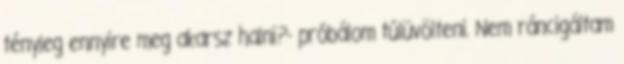
tényleg ennyire meg akarsz halni?- próbálom túlüvölteni. Nem ráncigáltam